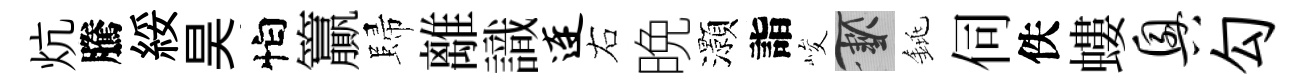
炕騰綏昊怕籯歸離識连右晩灝詣峻草銚伺佚螻兴勾